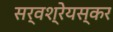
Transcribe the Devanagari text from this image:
सर्वश्रेयस्कर